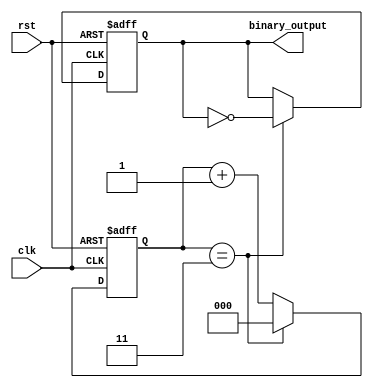
module clock_divider (
input wire clk,
input wire rst,
output reg binary_output
);

reg [2:0] counter;

parameter THRESHOLD = 4; // divide by 4

always @(posedge clk or posedge rst) begin
    if (rst) begin
        counter <= 3'b000;
        binary_output <= 1'b0;
    end else begin
        if (counter == THRESHOLD - 1) begin
            counter <= 3'b000;
            binary_output <= ~binary_output;
        end else begin
            counter <= counter + 1;
        end
    end
end

endmodule